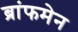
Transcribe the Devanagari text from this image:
ब्रांफमेन